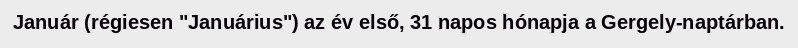
Január (régiesen "Januárius") az év első, 31 napos hónapja a Gergely-naptárban.